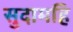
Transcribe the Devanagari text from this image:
सुदामहि